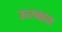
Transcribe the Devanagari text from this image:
ऊरुक्षय